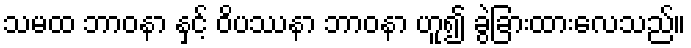
သမထ ဘာဝနာ နှင့် ဝိပဿနာ ဘာဝနာ ဟူ၍ ခွဲခြားထားလေသည်။